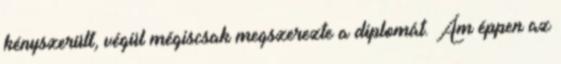
kényszerült, végül mégiscsak megszerezte a diplomát. Ám éppen az